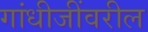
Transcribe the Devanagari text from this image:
गांधीजींवरील